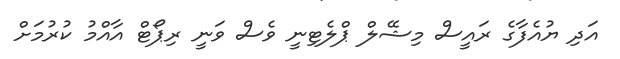
އަދި ޔުއެފާގެ ރައީސް މިޝޭލް ޕްލެޓިނީ ވެސް ވަނީ ރިޕޯޓް އާއްމު ކުރުމަށް